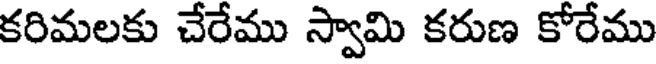
కరిమలకు చేరేము స్వామి కరుణ కోరేము